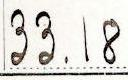
33.18